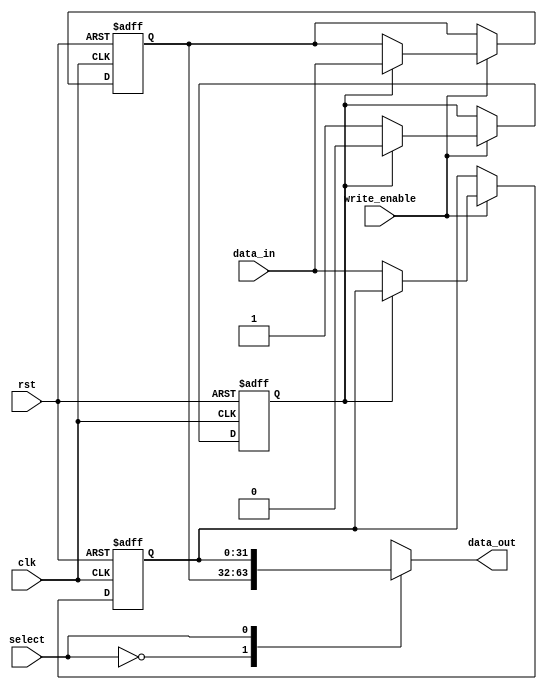
module double_buffer_register (
    input wire clk,
    input wire rst,
    input wire write_enable,
    input wire [31:0] data_in, // Assuming 32-bit data width
    input wire select,          // 0 for buffer0, 1 for buffer1
    output reg [31:0] data_out  // Output data bus
);

    // Buffer registers
    reg [31:0] buffer0;
    reg [31:0] buffer1;

    // Control logic for buffer switching
    reg current_buffer; // 0 for buffer0, 1 for buffer1

    always @(posedge clk or posedge rst) begin
        if (rst) begin
            // Reset both buffers to zero
            buffer0 <= 32'b0;
            buffer1 <= 32'b0;
            current_buffer <= 1'b0; // Start with buffer0
        end else begin
            if (write_enable) begin
                // Write data to the inactive buffer
                if (current_buffer == 1'b0) begin
                    buffer1 <= data_in; // Write to buffer1
                    current_buffer <= 1'b1; // Switch to buffer1
                end else begin
                    buffer0 <= data_in; // Write to buffer0
                    current_buffer <= 1'b0; // Switch to buffer0
                end
            end
        end
    end

    // Output logic
    always @(*) begin
        case (select)
            1'b0: data_out = buffer0; // Read from buffer0
            1'b1: data_out = buffer1; // Read from buffer1
            default: data_out = 32'b0; // Default case (should not occur)
        endcase
    end

endmodule